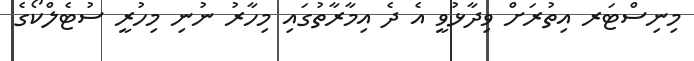
މިނިސްޓަރ އިތުރަށް ވިދާޅުވީ އެ ދެ އިމާރާތުގައި މިހާރު ނުނި މިހުރީ ސުޓެލްކޯގެ